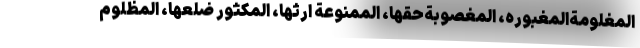
المغلومةالمغبوره، المغصوبةحقها، الممنوعة ارثها، المکثور ضلعها، المظلوم